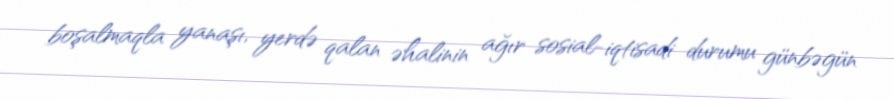
boşalmaqla yanaşı, yerdə qalan əhalinin ağır sosial-iqtisadi durumu günbəgün